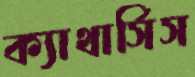
ক্যাথার্সিস